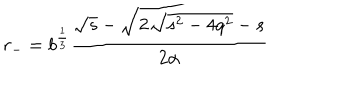
r _ { - } = b ^ { \frac 1 3 } \frac { \sqrt { s } - \sqrt { 2 \sqrt { s ^ { 2 } - 4 q ^ { 2 } } - s } } { 2 \alpha }